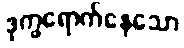
ဒုက္ခရောက်နေသော